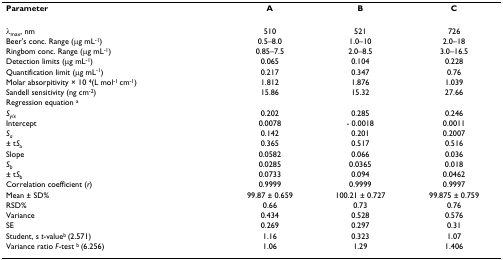
| Parameter | A | B | C |
 | --- | --- | --- | --- |
 | λmax, nm | 510 | 521 | 726 |
 | Beer's conc. Range (μg mL-1) | 0.5–8.0 | 1.0–10 | 2.0–18 |
 | Ringbom conc. Range (μg mL-1) | 0.85–7.5 | 2.0–8.5 | 3.0–16.5 |
 | Detection limits (μg mL-1) | 0.065 | 0.104 | 0.228 |
 | Quantification limit (μg mL-1) | 0.217 | 0.347 | 0.76 |
 | Molar absorpitivity × 10 4(L mol-1 cm-1) | 1.812 | 1.876 | 1.039 |
 | Sandell sensitivity (ng cm-2) | 15.86 | 15.32 | 27.66 |
 | Regression equation a |  |  |  |
 | Sy/x | 0.202 | 0.285 | 0.246 |
 | Intercept | 0.0078 | - 0.0018 | 0.0011 |
 | Sa | 0.142 | 0.201 | 0.2007 |
 | ± tSa | 0.365 | 0.517 | 0.516 |
 | Slope | 0.0582 | 0.066 | 0.036 |
 | Sb | 0.0285 | 0.0365 | 0.018 |
 | ± tSb | 0.0733 | 0.094 | 0.0462 |
 | Correlation coefficient (r) | 0.9999 | 0.9999 | 0.9997 |
 | Mean ± SD% | 99.87 ± 0.659 | 100.21 ± 0.727 | 99.875 ± 0.759 |
 | RSD% | 0.66 | 0.73 | 0.76 |
 | Variance | 0.434 | 0.528 | 0.576 |
 | SE | 0.269 | 0.297 | 0.31 |
 | Student, s t-valueb (2.571) | 1.16 | 0.323 | 1.07 |
 | Variance ratio F-test b (6.256) | 1.06 | 1.29 | 1.406 |